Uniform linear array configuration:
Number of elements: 4
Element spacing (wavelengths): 1
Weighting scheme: exponential
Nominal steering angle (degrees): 0
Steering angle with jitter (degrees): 0.6624
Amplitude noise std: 0.05
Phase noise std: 0.05

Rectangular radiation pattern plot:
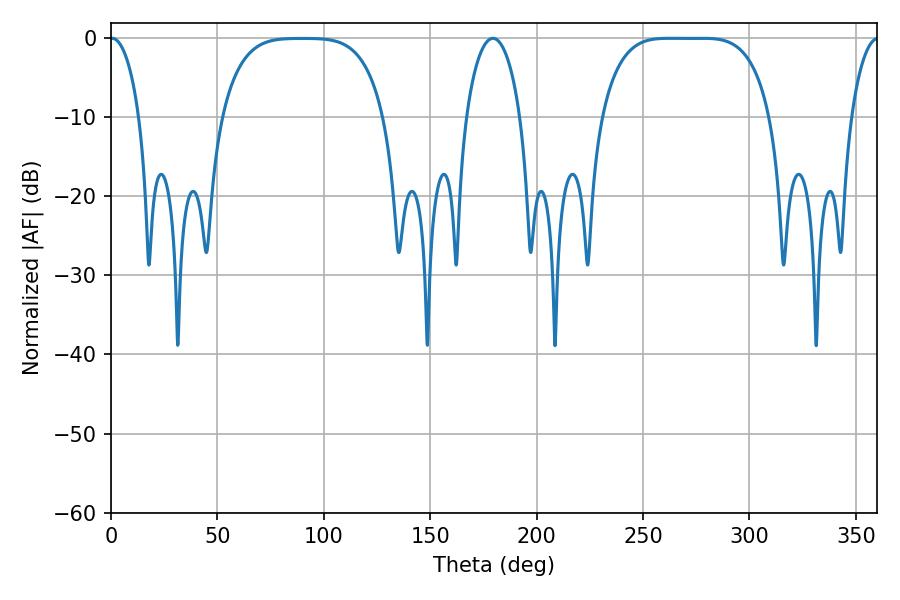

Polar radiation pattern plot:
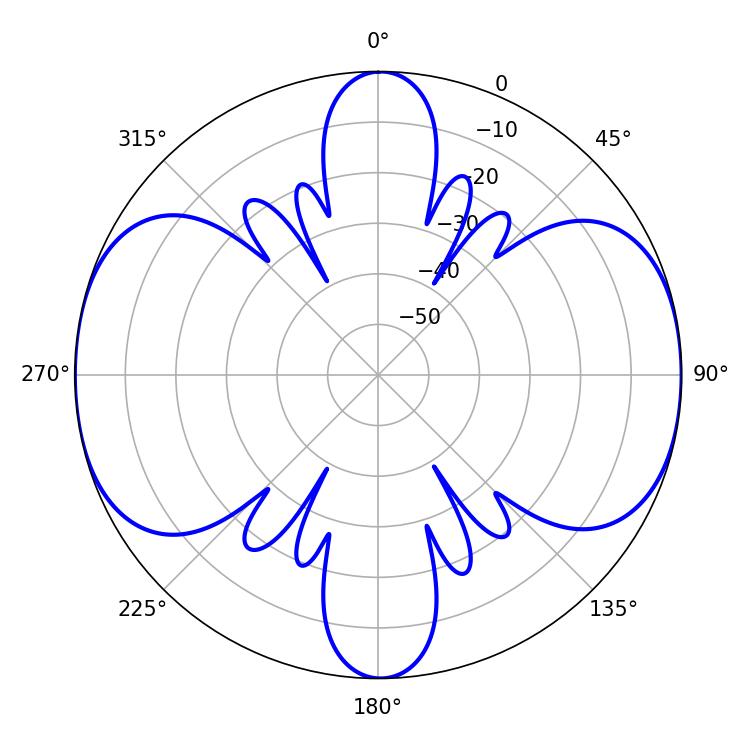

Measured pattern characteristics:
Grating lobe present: TRUE
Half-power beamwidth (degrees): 60.48
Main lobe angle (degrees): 262.26